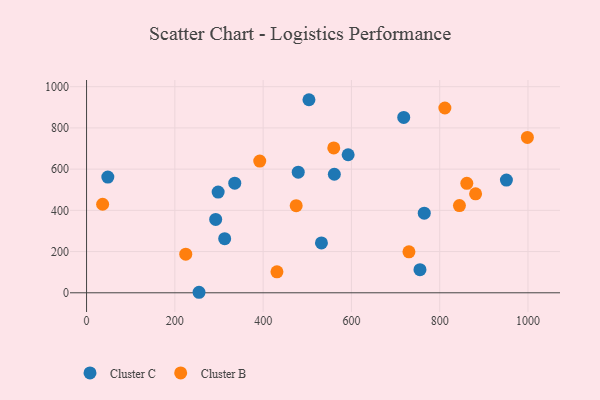
{"axis": {"x": "Ad Spend", "y": "Sales"}, "legend": ["Cluster B", "Cluster C"], "data": [{"x": "765.0", "y": 386.4, "type": "Cluster C"}, {"x": "561.3", "y": 575.1, "type": "Cluster C"}, {"x": "479.5", "y": 585.3, "type": "Cluster C"}, {"x": "532.1", "y": 242.1, "type": "Cluster C"}, {"x": "335.7", "y": 531.7, "type": "Cluster C"}, {"x": "951.1", "y": 546.8, "type": "Cluster C"}, {"x": "254.8", "y": 2.5, "type": "Cluster C"}, {"x": "592.6", "y": 669.7, "type": "Cluster C"}, {"x": "48.2", "y": 561.4, "type": "Cluster C"}, {"x": "503.8", "y": 936.8, "type": "Cluster C"}, {"x": "718.5", "y": 850.7, "type": "Cluster C"}, {"x": "312.9", "y": 262.6, "type": "Cluster C"}, {"x": "298.1", "y": 488.7, "type": "Cluster C"}, {"x": "292.5", "y": 356.2, "type": "Cluster C"}, {"x": "755.3", "y": 112.0, "type": "Cluster C"}, {"x": "392.3", "y": 638.9, "type": "Cluster B"}, {"x": "998.6", "y": 753.7, "type": "Cluster B"}, {"x": "861.4", "y": 531.2, "type": "Cluster B"}, {"x": "36.4", "y": 429.7, "type": "Cluster B"}, {"x": "474.9", "y": 422.7, "type": "Cluster B"}, {"x": "811.7", "y": 896.6, "type": "Cluster B"}, {"x": "560.0", "y": 703.0, "type": "Cluster B"}, {"x": "431.3", "y": 101.9, "type": "Cluster B"}, {"x": "844.7", "y": 423.4, "type": "Cluster B"}, {"x": "224.7", "y": 187.5, "type": "Cluster B"}, {"x": "881.3", "y": 480.1, "type": "Cluster B"}, {"x": "730.3", "y": 198.7, "type": "Cluster B"}]}